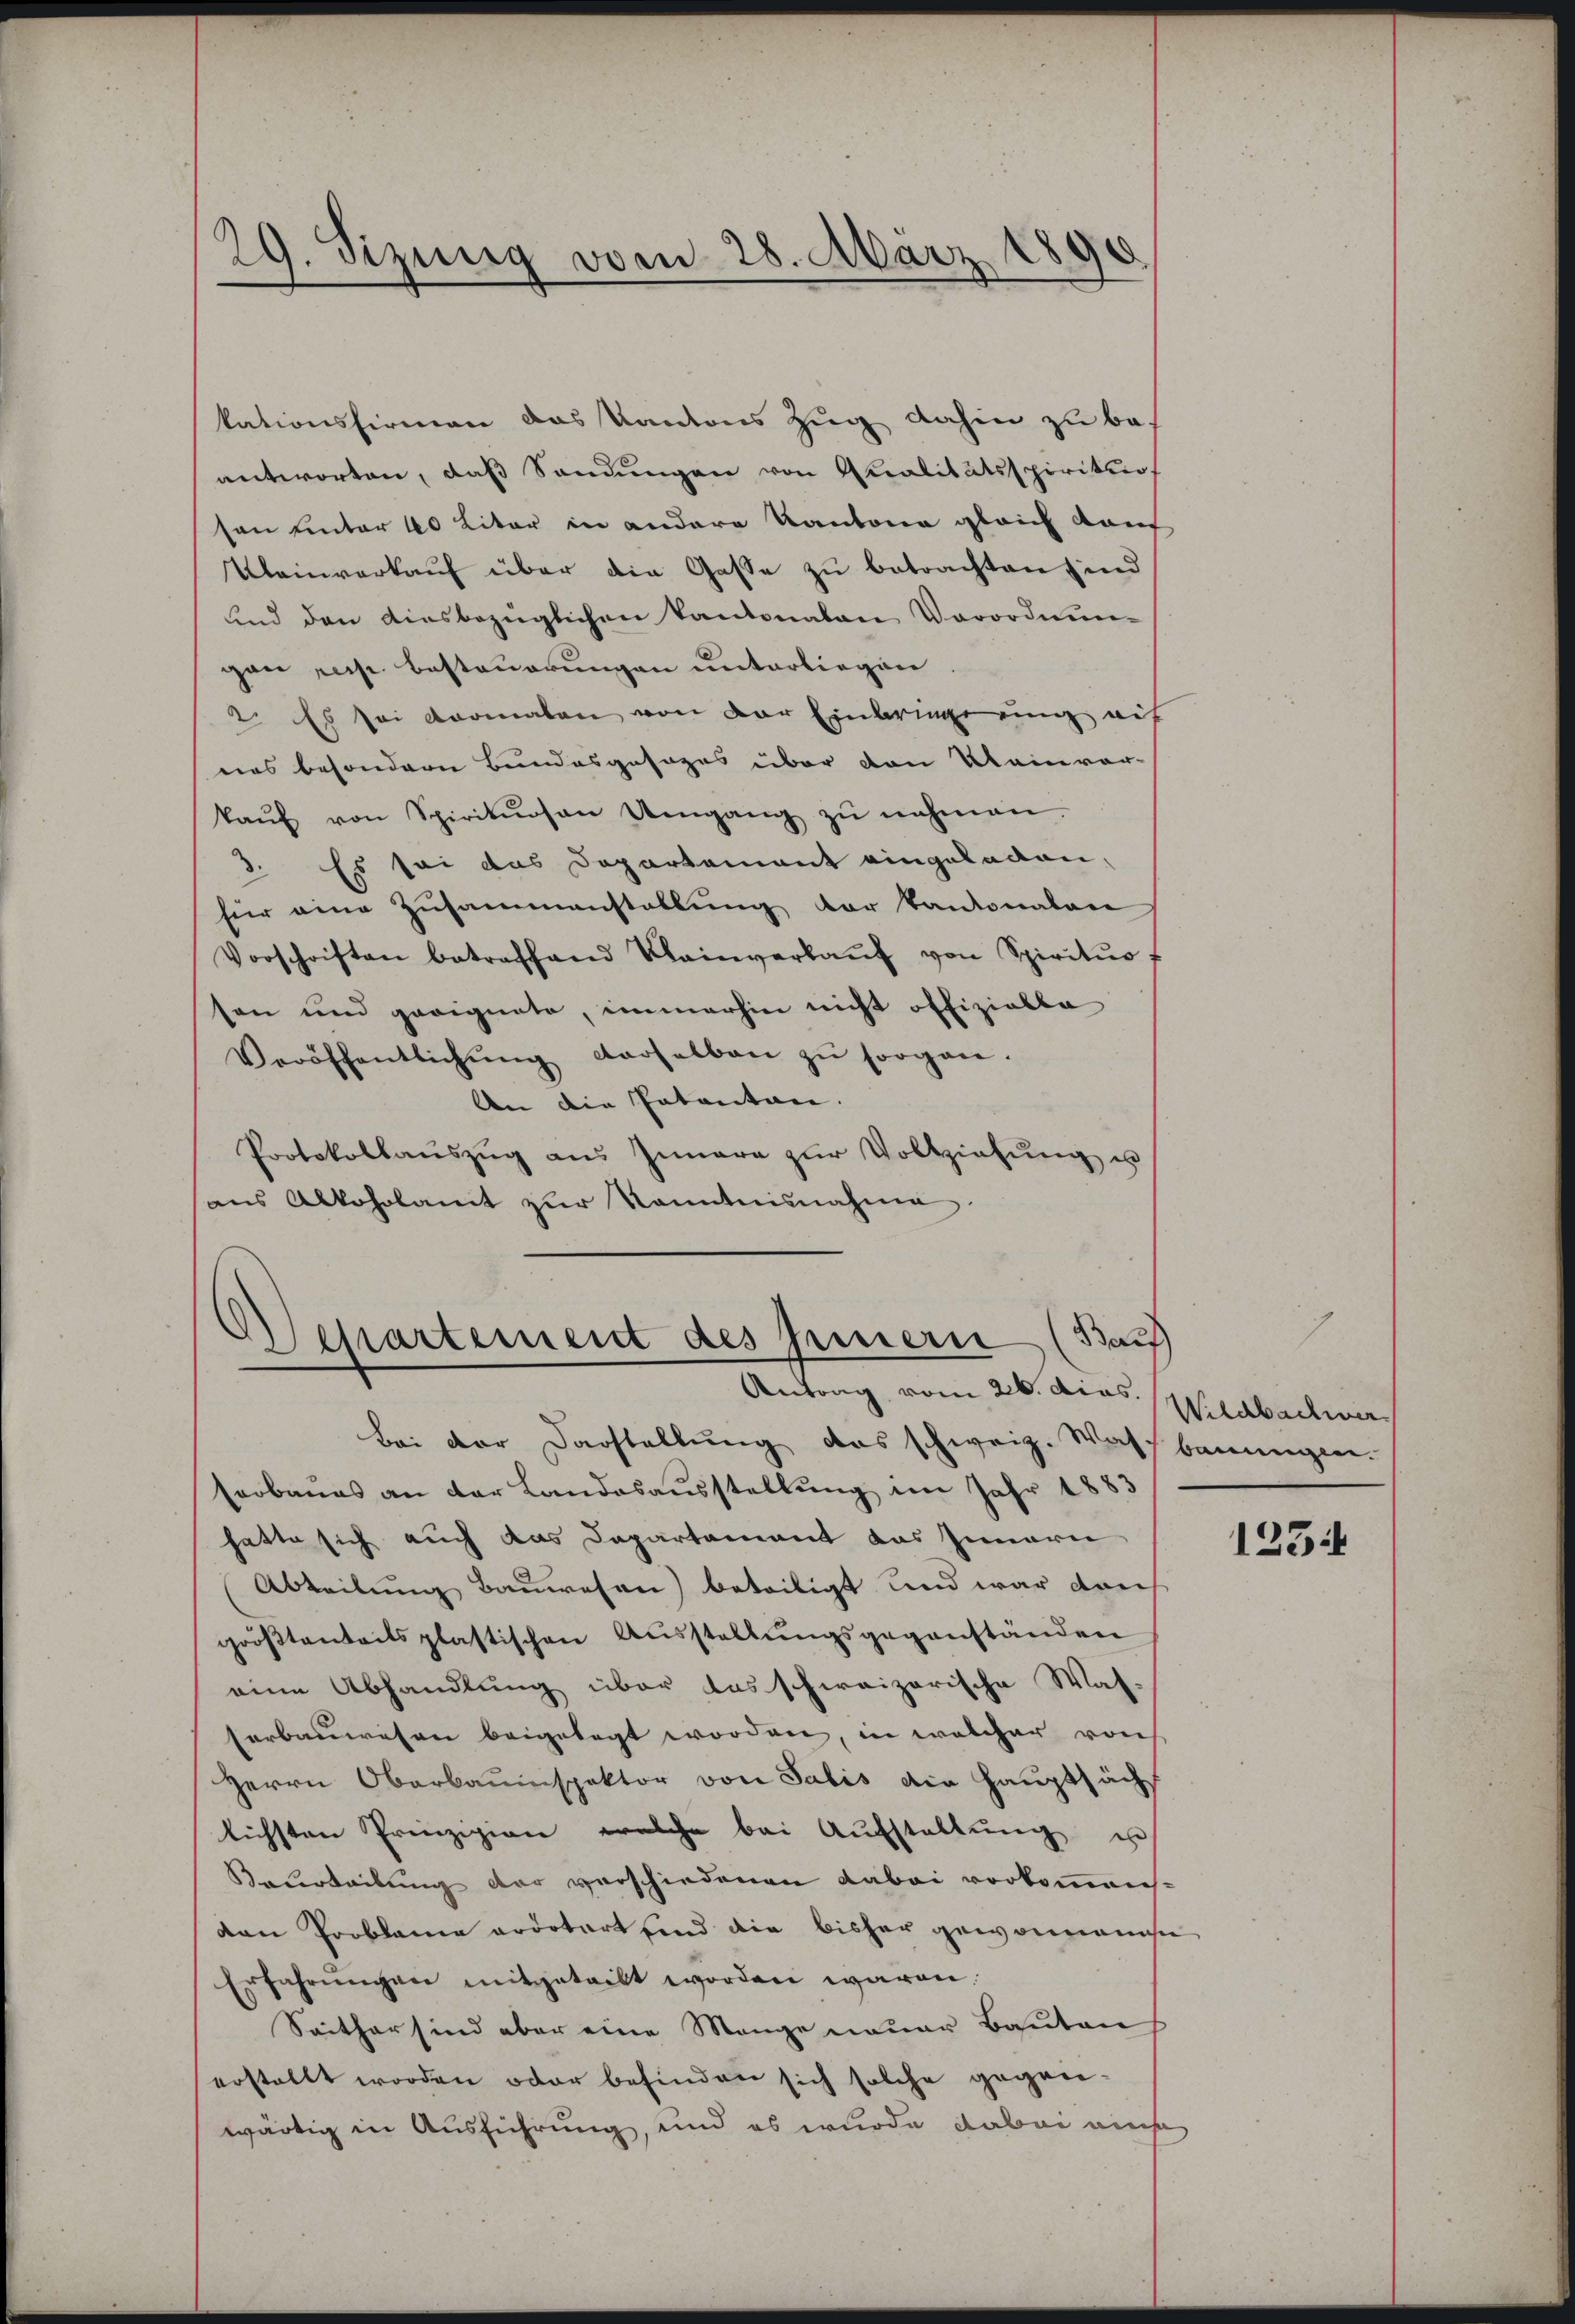
29. Sizung vom 28. März 1890

kationshirmen das Kantons Zug dahin zu beantworten, daß Sendungen von Qualitätsspiritur
son unter 40 Liter in andere Kantone gleich darf
Kleinverkauf über die Gasse zu betrachten sind
und den diesbezüglichen Kantonalen Vorordnungan resp. Besteuerungen unterliegen
2. Es sei vormalen von der Einbringe eing mit
nas besondern Bundesgesages über den Kleinver-
kaŭf von Spirituosen Umgang zŭ nehmen
3. Es sei das Departament eingeladen,
für eine Zusammenstellung der kantonalan
Vorschriften betreffend Kleinverkaŭf von Spiritus
sen und geeignete, immerhin nicht offizielle
Veröffentlichŭng derselben zŭ sorgen.
An die Patentan.
Protokollaŭszŭg aŭs Innere zŭr Vollziehŭng u
aus Alkoholamt zŭr Kenntnisnahme

Departement des Innern (Bauf
Antrag vom 26. dies.

Bei der Darstellung das schweiz. Waschbauungen.
serbaues an der Landesausstellung im Jahr 1883
hatte sich auch das Departement das Innern
Abteilung Bauwesen) beteiligt und war durch
größtenteils plastischen Aŭsstellŭngsgegenständen
eine Abhandlung über das schweizerische Was-
serbauwesen beigelegt worden, in welcher von
Herrn Oberbauinspektor von Sabis die Hauptsäch
lichsten Prinzipien welche bei Aŭfstellŭng u
Beurteilung der verschiedenen dabei vorkommensden Probleme erdotort sind die bisher gewonnense
Erfahrungen mitgeteilt worden wären.
Seither sind aber eine Mange neuer Bauten
erstellt worden oder befinden sich solche gegenwärtig in Ausführung, und es wurde dabei auche

Wilchbachwer

123: